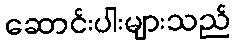
ဆောင်းပါးများသည်